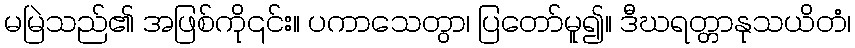
မမြဲသည်၏ အဖြစ်ကို၎င်း။ ပကာသေတွာ၊ ပြတော်မူ၍။ ဒီဃရတ္တာနုသယိတံ၊